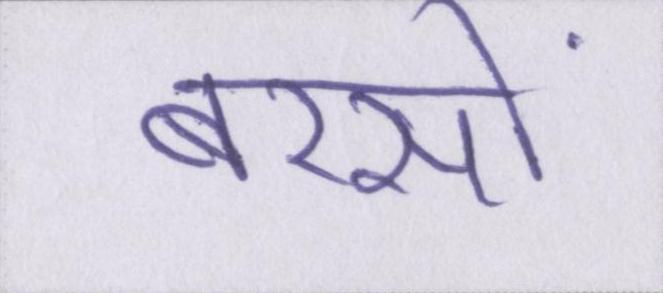
बरसों